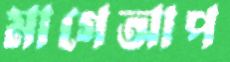
মাগেআপ